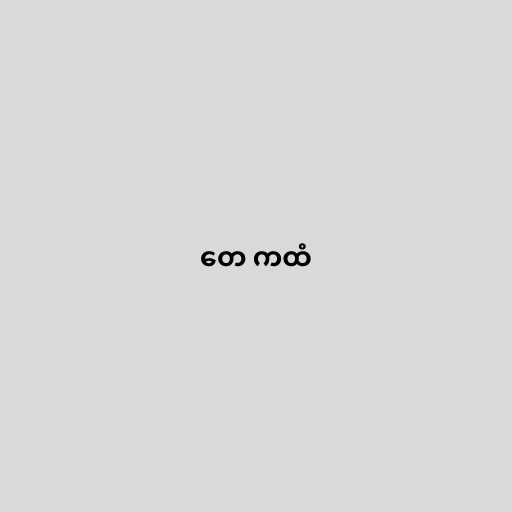
တေ ကထံ